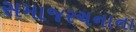
સમાજરચનાના